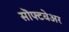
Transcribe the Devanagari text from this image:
सॊफ्टवेअर